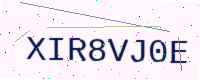
Text: XIR8VJ0E